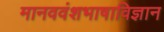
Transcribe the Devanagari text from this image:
मानववंशभाषाविज्ञान